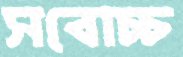
সবোচ্চ